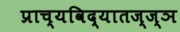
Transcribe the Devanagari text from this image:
प्राच्यविद्यातज्‍ज्ञ